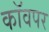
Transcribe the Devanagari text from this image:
कॉवपर